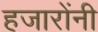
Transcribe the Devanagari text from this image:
हजारोंनी